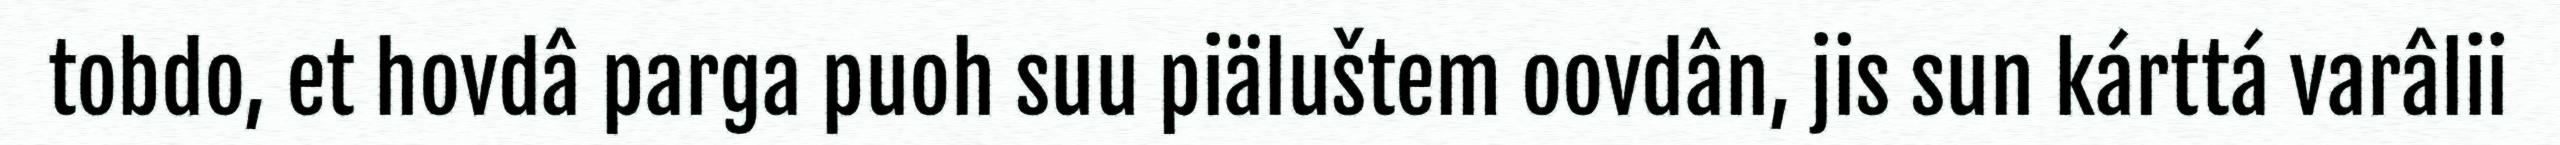
tobdo, et hovdâ parga puoh suu piäluštem oovdân, jis sun kárttá varâlii